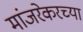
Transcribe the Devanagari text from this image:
मांजरेकरच्या